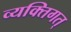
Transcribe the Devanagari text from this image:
व्यक्तिगत्